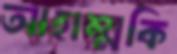
আহাম্মকি